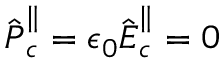
\hat { \boldsymbol P } _ { c } ^ { \parallel } = \epsilon _ { 0 } \hat { \boldsymbol E } _ { c } ^ { \parallel } = 0